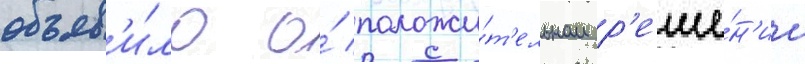
объяв'и́ло о́ положи́т'ельном р'еше́н'ии